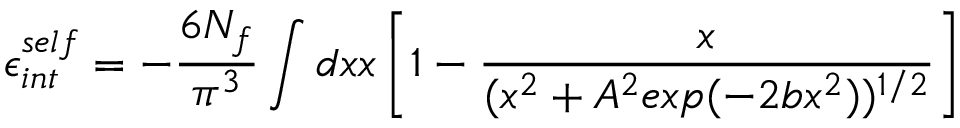
\epsilon _ { i n t } ^ { s e l f } = - \frac { 6 N _ { f } } { \pi ^ { 3 } } \int d x x \left[ 1 - \frac { x } { ( x ^ { 2 } + A ^ { 2 } e x p ( - 2 b x ^ { 2 } ) ) ^ { 1 / 2 } } \right]